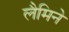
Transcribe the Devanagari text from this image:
लैमिने